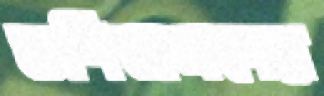
গুণিজনদের